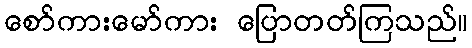
စော်ကားမော်ကား ပြောတတ်ကြသည်။